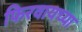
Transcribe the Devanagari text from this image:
फिरवायच्या